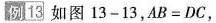
例13 如图13-13，$$AB=DC$$，